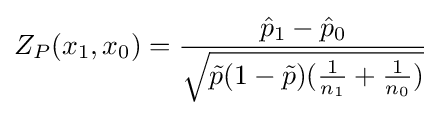
Z_{P}(x_{1},x_{0})={\frac {{\hat {p}}_{1}-{\hat {p}}_{0}}{\sqrt {{\tilde {p}}(1-{\tilde {p}})({\frac {1}{n_{1}}}+{\frac {1}{n_{0}}})}}}